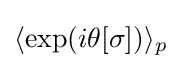
\langle \exp(i\theta [\sigma ])\rangle _{p}